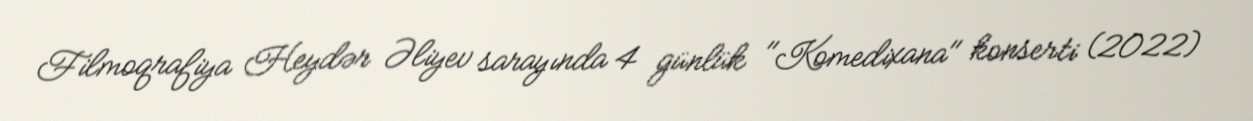
Filmoqrafiya Heydər Əliyev sarayında 4 günlük "Komedixana" konserti (2022)